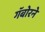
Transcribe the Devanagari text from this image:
गॅबोरने